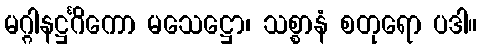
မဂ္ဂါနဋ္ဌင်္ဂိကော မသေဋ္ဌော၊ သစ္စာနံ စတုရော ပဒါ။